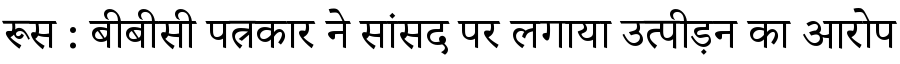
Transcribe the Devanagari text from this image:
रूस : बीबीसी पत्रकार ने सांसद पर लगाया उत्पीड़न का आरोप